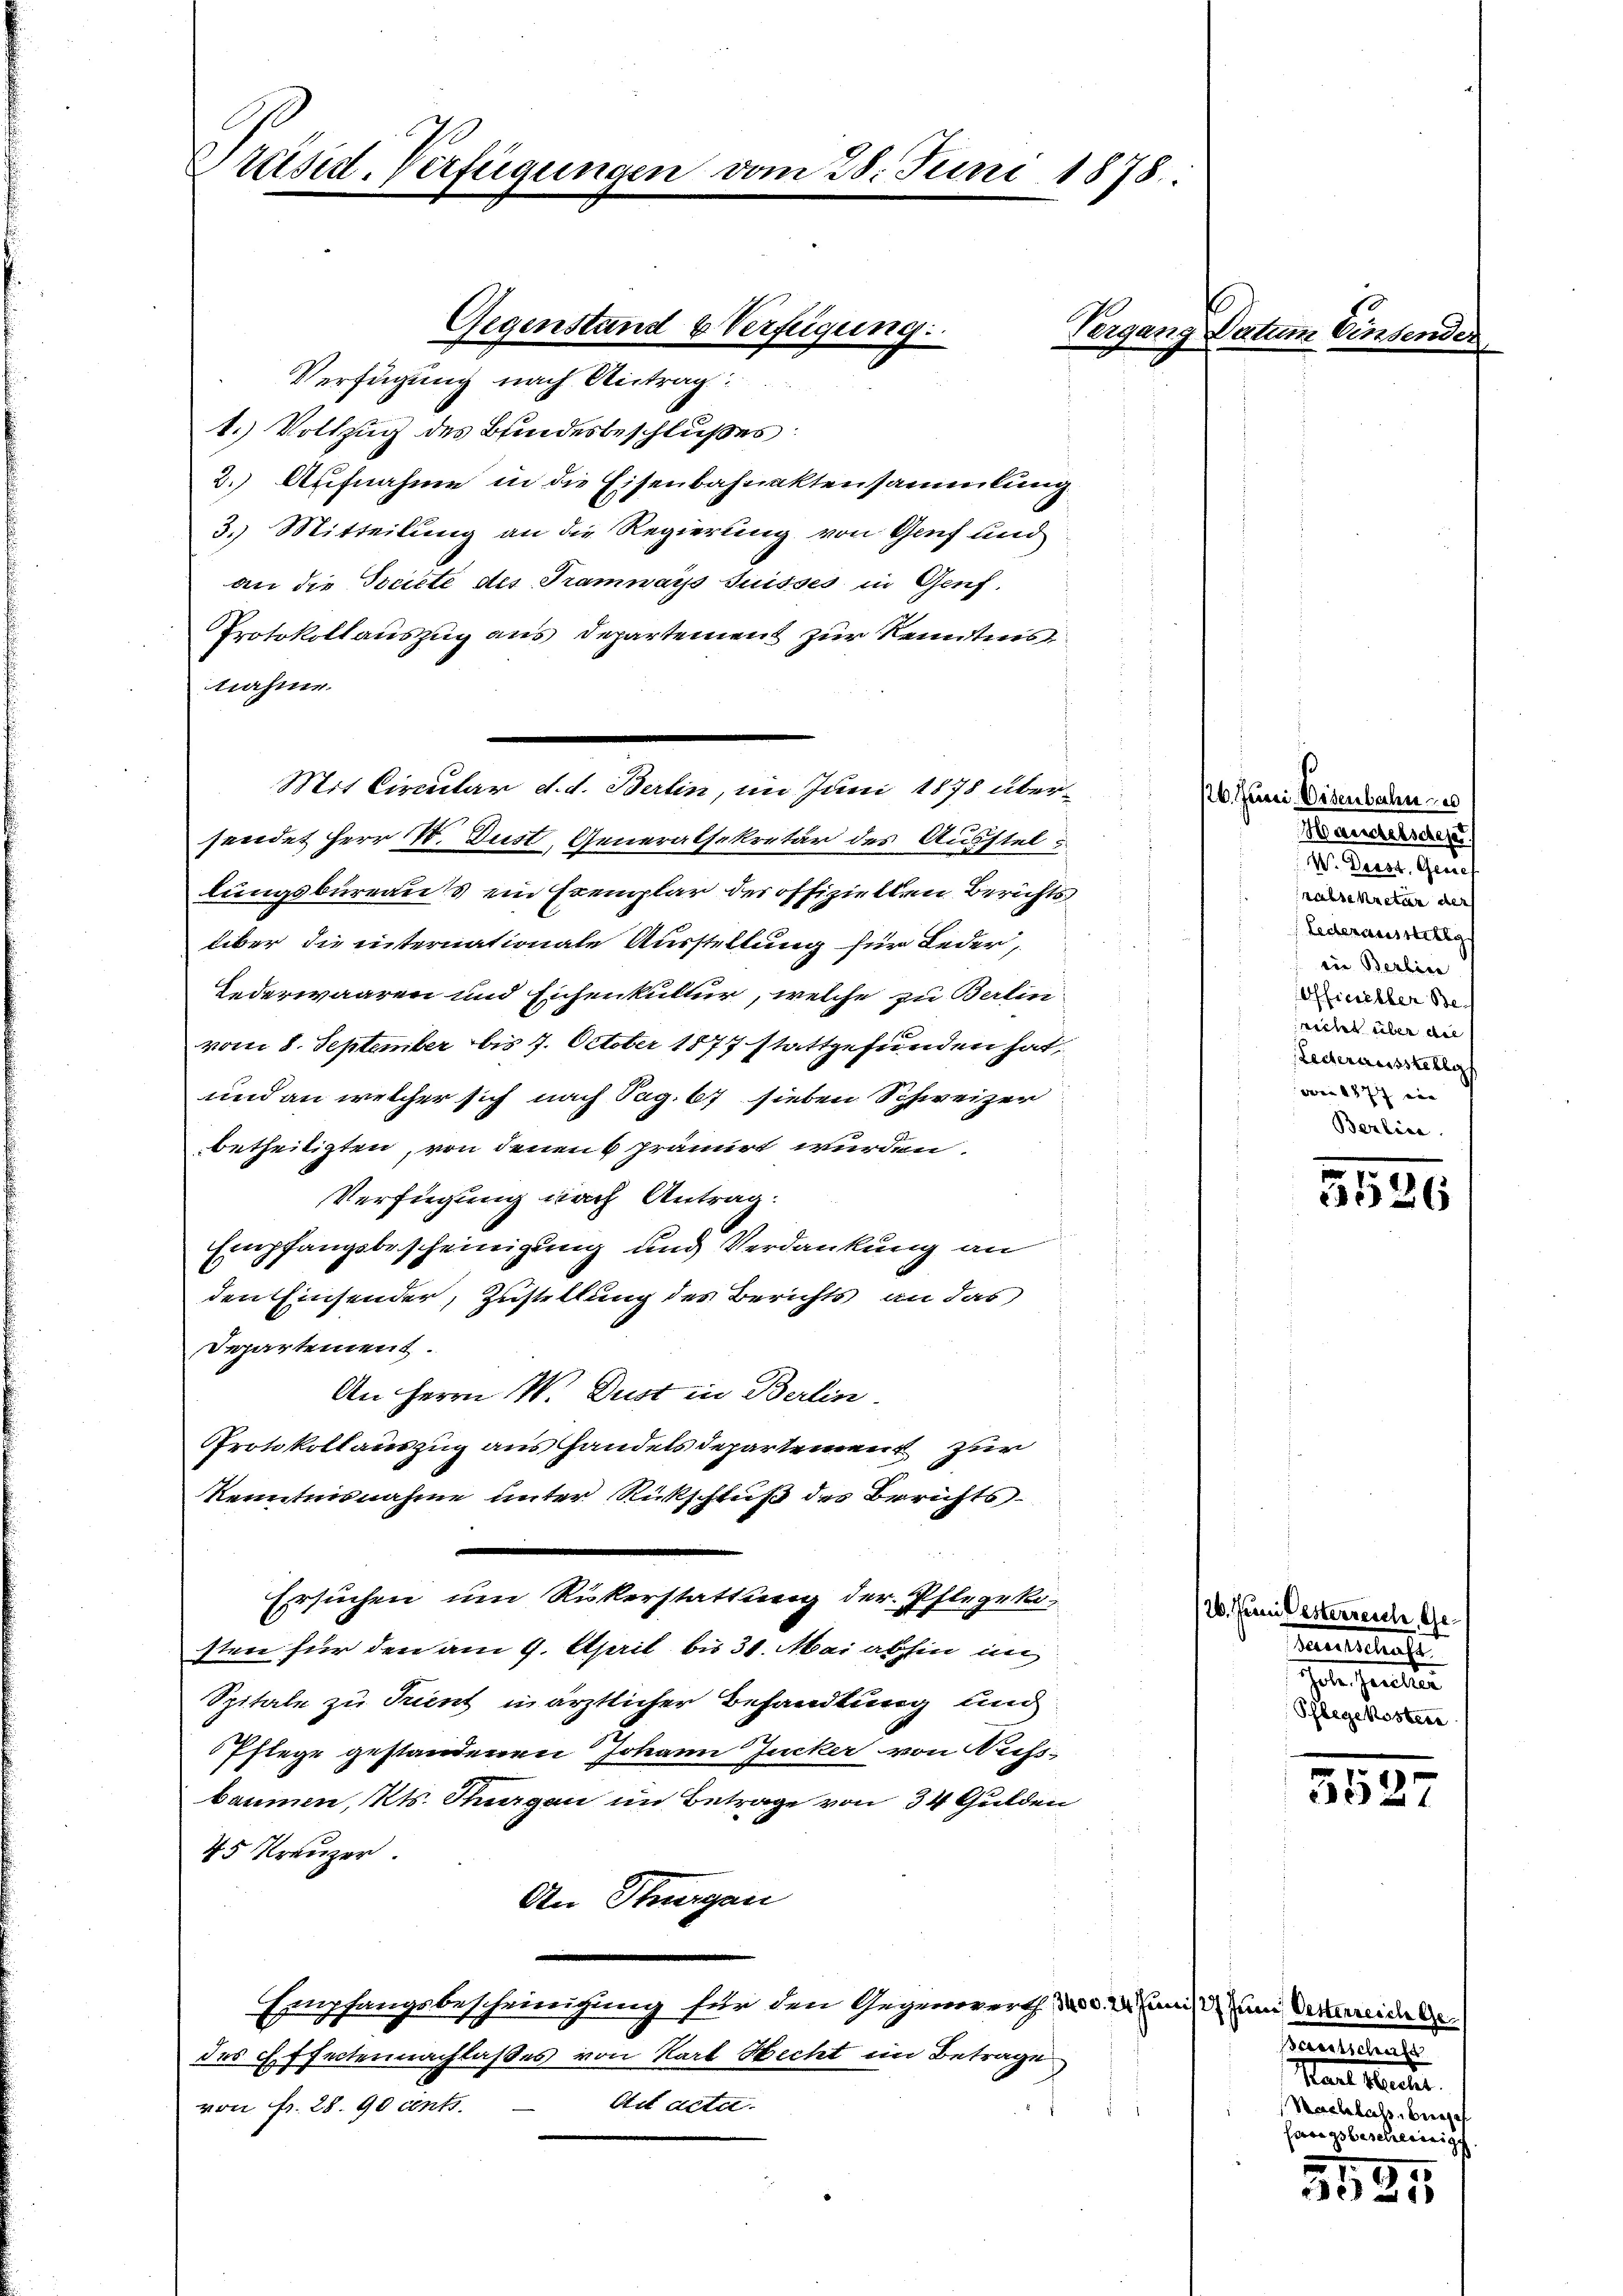
Präsid-Verfügungen vom 28. Juni 1878:

1.) Vollzug des Bindesbeschlußes:
2. Aufnahme in die Eisenbahnaktensammlung
3.) Mitteilung an die Regierung von Genf und
an die Societe des Tramways Suisses in Genf.
Protokollauszug aus Departement zur Kenntnis
nahme.
Mit Circular d. d. Berlin, im Juni 1878 über-
sendet Herr W. Dust Generalsekretär des Ausstel
lungsbureaus ein Exemplar der offizielten Berichts
über die internationale Ausstellung für Leder,
Jederwaaren und Eichenkultur, welche zu Berlin-
vom 8. September bis 7. October 1877 stattgefunden hat,
und an welcher sich nach Tag. 67 sieben Schweizer
betheiligten, von denen 6 prämirt wurden.
Verfügung nach Antrag.
Empfangsbescheinigung und Verdankung an
den Einsender, Zustellung des Berichts an das
Departement.
An Herrn W. Dust in Berlin.
Protokollauszug aus handels Departement zur
Kenntnisnahme unter Rückschluß des Berichts¬
Ersuchen um Rükerstattung der Pflegekisten für den am 9. April bis 31. Mai abhin in
Spitale zu Trient in ärztlicher Behandlung und
Pflege gestandenen Johann Zucker von Mess-
baumen, Kts. Thurgau im Betrage von 34 Gulden
45 Kreuzer
An Sturgau
Empfangsbescheinigung für den Gegenwerth d. d. 2. Juni um Vermeidel
des Effectennachlaßes von Karl Hecht in Betrage
Ait acter
von Fr. 28. 90 ents.

Gegenstand & Verfügung:
Verfügung nach Antrag:

Vergang Datum Einsender

5526

5527

95

26. Juni Eisenbahn
Handelsgeset
W. Diest. Geneh
rasekretär der
Lederausstellg
ein Berlic
Officieller Be-
richt über die
Lederausstellg
von 1877 ein |
Berlin

/26. Juni Oesterreich, Ge¬
Hansehens
ete Percitier
Pflegekostere

Feentschaft
Staat unter
Nachlass. Bregef
Carigsbescheinig